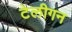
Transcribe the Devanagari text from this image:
टेलीगन